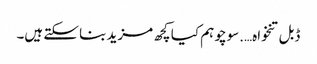
ڈبل تنخواہ….سوچو ہم کیا کچھ مزید بنا سکتے ہیں۔